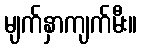
မျက်နှာကျက်မီး။